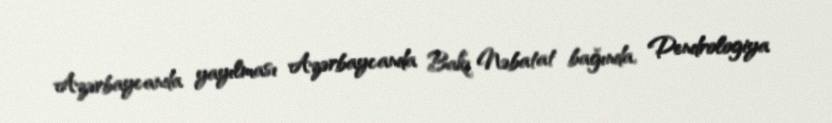
Azərbaycanda yayılması Azərbaycanda Bakı Nəbatat bağında, Dendrologiya